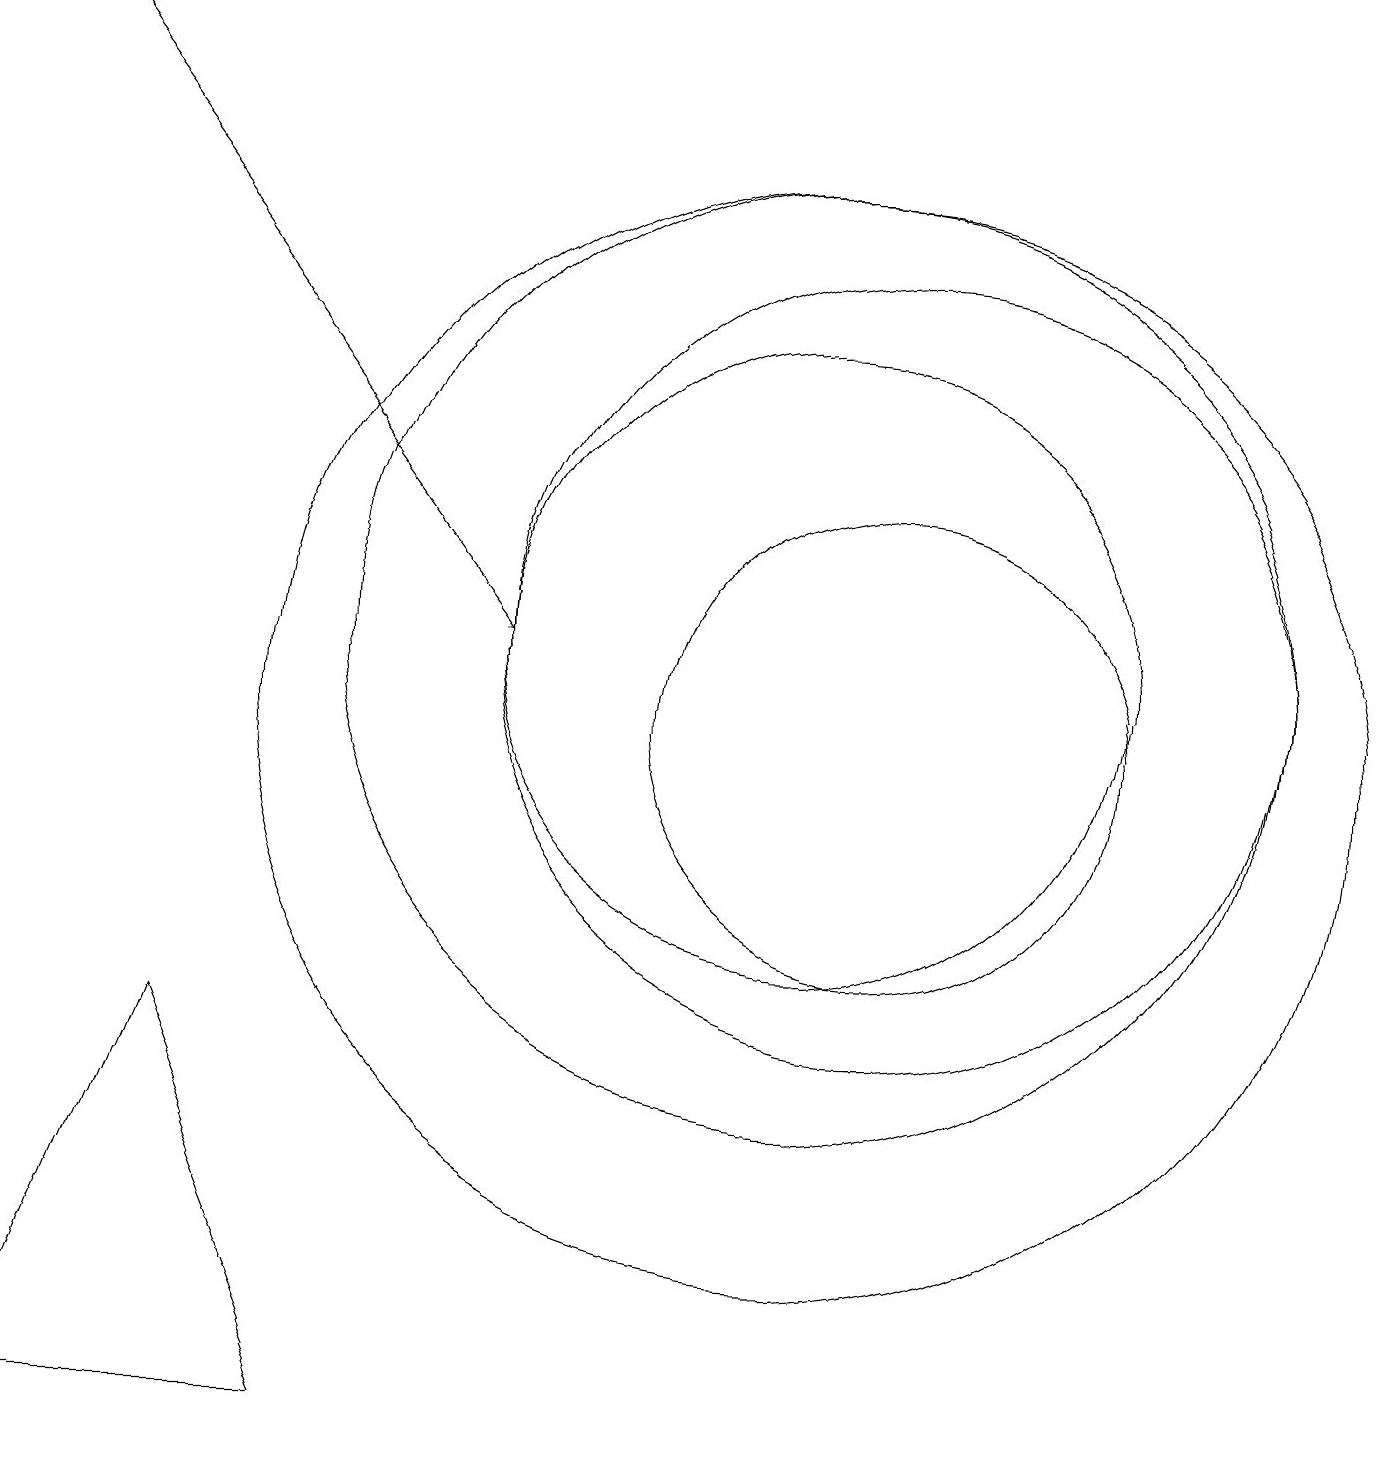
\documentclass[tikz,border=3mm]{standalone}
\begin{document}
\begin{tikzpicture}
\draw (10,11) circle (4);
\draw (10,10) circle (0);
\draw[->] (0,19) -- (6,11);
\draw (10,10) circle (7);
\draw (11,11) circle (5);
\draw (10,11) circle (6);
\draw (11,10) circle (3);
\draw (4,1) -- (0,1) -- (2,6) -- cycle;
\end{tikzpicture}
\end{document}